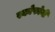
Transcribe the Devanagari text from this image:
स्कोफोनी